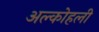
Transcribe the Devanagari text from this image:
अल्कोहली